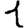
Digit: 1